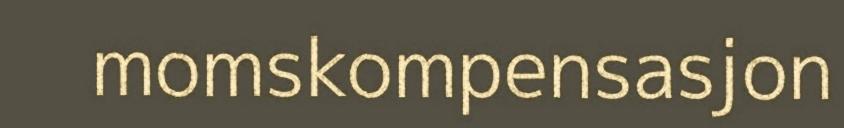
momskompensasjon